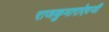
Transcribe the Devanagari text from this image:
राजकुमाराऐवजी